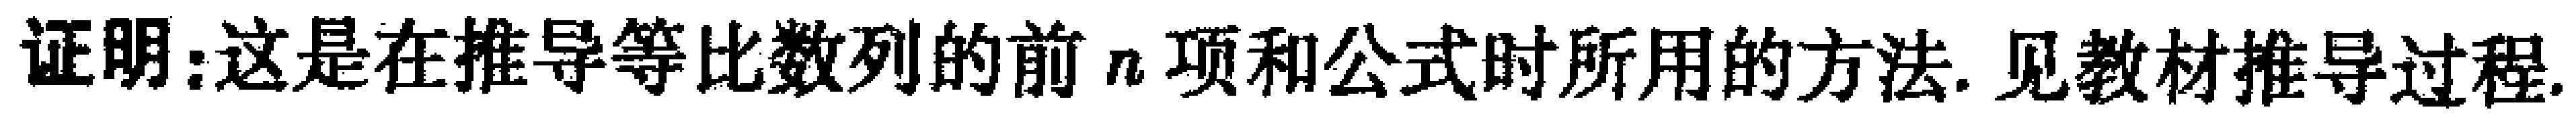
证明：这是在推导等比数列的前\(n\)项和公式时所用的方法. 见教材推导过程.